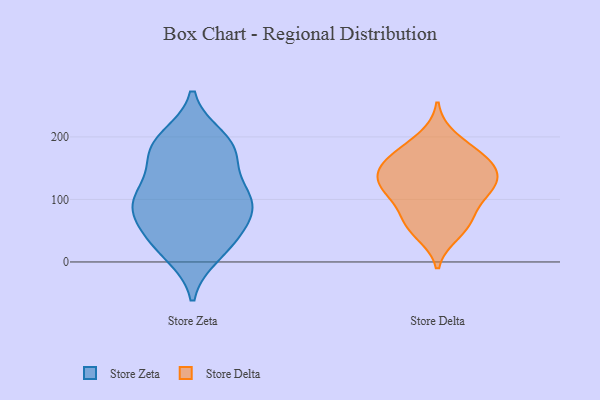
{"axis": {"x": "Active Users", "y": "Value"}, "legend": ["Store Delta", "Store Zeta"], "data": [{"x": "", "y": 85, "type": "Store Zeta"}, {"x": "", "y": 106, "type": "Store Zeta"}, {"x": "", "y": 75, "type": "Store Zeta"}, {"x": "", "y": 111, "type": "Store Zeta"}, {"x": "", "y": 173, "type": "Store Zeta"}, {"x": "", "y": 189, "type": "Store Zeta"}, {"x": "", "y": 172, "type": "Store Zeta"}, {"x": "", "y": 198, "type": "Store Zeta"}, {"x": "", "y": 13, "type": "Store Zeta"}, {"x": "", "y": 93, "type": "Store Zeta"}, {"x": "", "y": 118, "type": "Store Zeta"}, {"x": "", "y": 84, "type": "Store Zeta"}, {"x": "", "y": 25, "type": "Store Zeta"}, {"x": "", "y": 181, "type": "Store Zeta"}, {"x": "", "y": 31, "type": "Store Zeta"}, {"x": "", "y": 48, "type": "Store Zeta"}, {"x": "", "y": 46, "type": "Store Delta"}, {"x": "", "y": 126, "type": "Store Delta"}, {"x": "", "y": 166, "type": "Store Delta"}, {"x": "", "y": 109, "type": "Store Delta"}, {"x": "", "y": 199, "type": "Store Delta"}, {"x": "", "y": 128, "type": "Store Delta"}, {"x": "", "y": 62, "type": "Store Delta"}, {"x": "", "y": 60, "type": "Store Delta"}, {"x": "", "y": 123, "type": "Store Delta"}, {"x": "", "y": 173, "type": "Store Delta"}, {"x": "", "y": 162, "type": "Store Delta"}, {"x": "", "y": 157, "type": "Store Delta"}, {"x": "", "y": 142, "type": "Store Delta"}, {"x": "", "y": 114, "type": "Store Delta"}, {"x": "", "y": 81, "type": "Store Delta"}]}